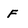
Character: F